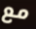
مع